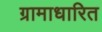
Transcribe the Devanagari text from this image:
ग्रामाधारित